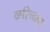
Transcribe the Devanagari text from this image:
करिच्चान्‌